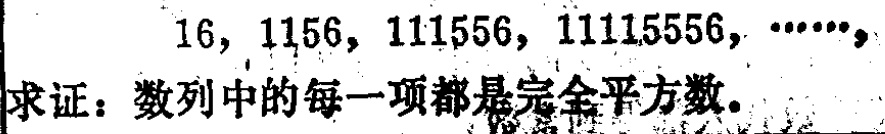
$16,1156,111556,11115556,\cdots\cdots,$

求证：数列中的每一项都是完全平方数。